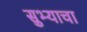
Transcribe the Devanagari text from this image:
सुभ्याचा